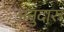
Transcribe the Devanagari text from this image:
अनुदारु